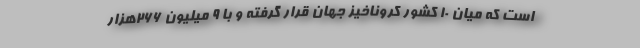
است که میان ۱۰ کشور کروناخیز جهان قرار گرفته و با ۹ میلیون ۲۶۶هزار